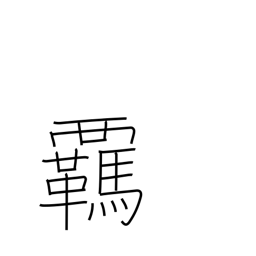
Meaning: reins